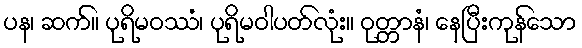
ပန၊ ဆက်။ ပုရိမဝဿံ၊ ပုရိမဝါပတ်လုံး။ ဝုတ္တာနံ၊ နေပြီးကုန်သော